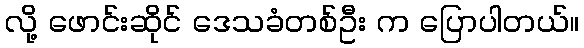
လို့ ဖောင်းဆိုင် ဒေသခံတစ်ဦး က ပြောပါတယ်။